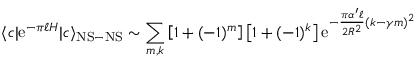
\langle c | \mathrm { e } ^ { - \pi \ell H } | c \rangle _ { \mathrm { N S - N S } } \sim \sum _ { m , k } \left[ 1 + ( - 1 ) ^ { m } \right] \left[ 1 + ( - 1 ) ^ { k } \right] \mathrm { e } ^ { - { \frac { \pi \alpha ^ { \prime } \ell } { 2 R ^ { 2 } } } ( k - \gamma m ) ^ { 2 } }